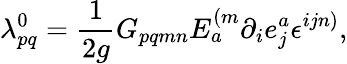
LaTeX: \lambda_{pq}^{0}=\frac{1}{2g}G_{pqmn}E_{a}^{(m}\partial_{i}e_{j}^{a}\epsilon^{ijn)},